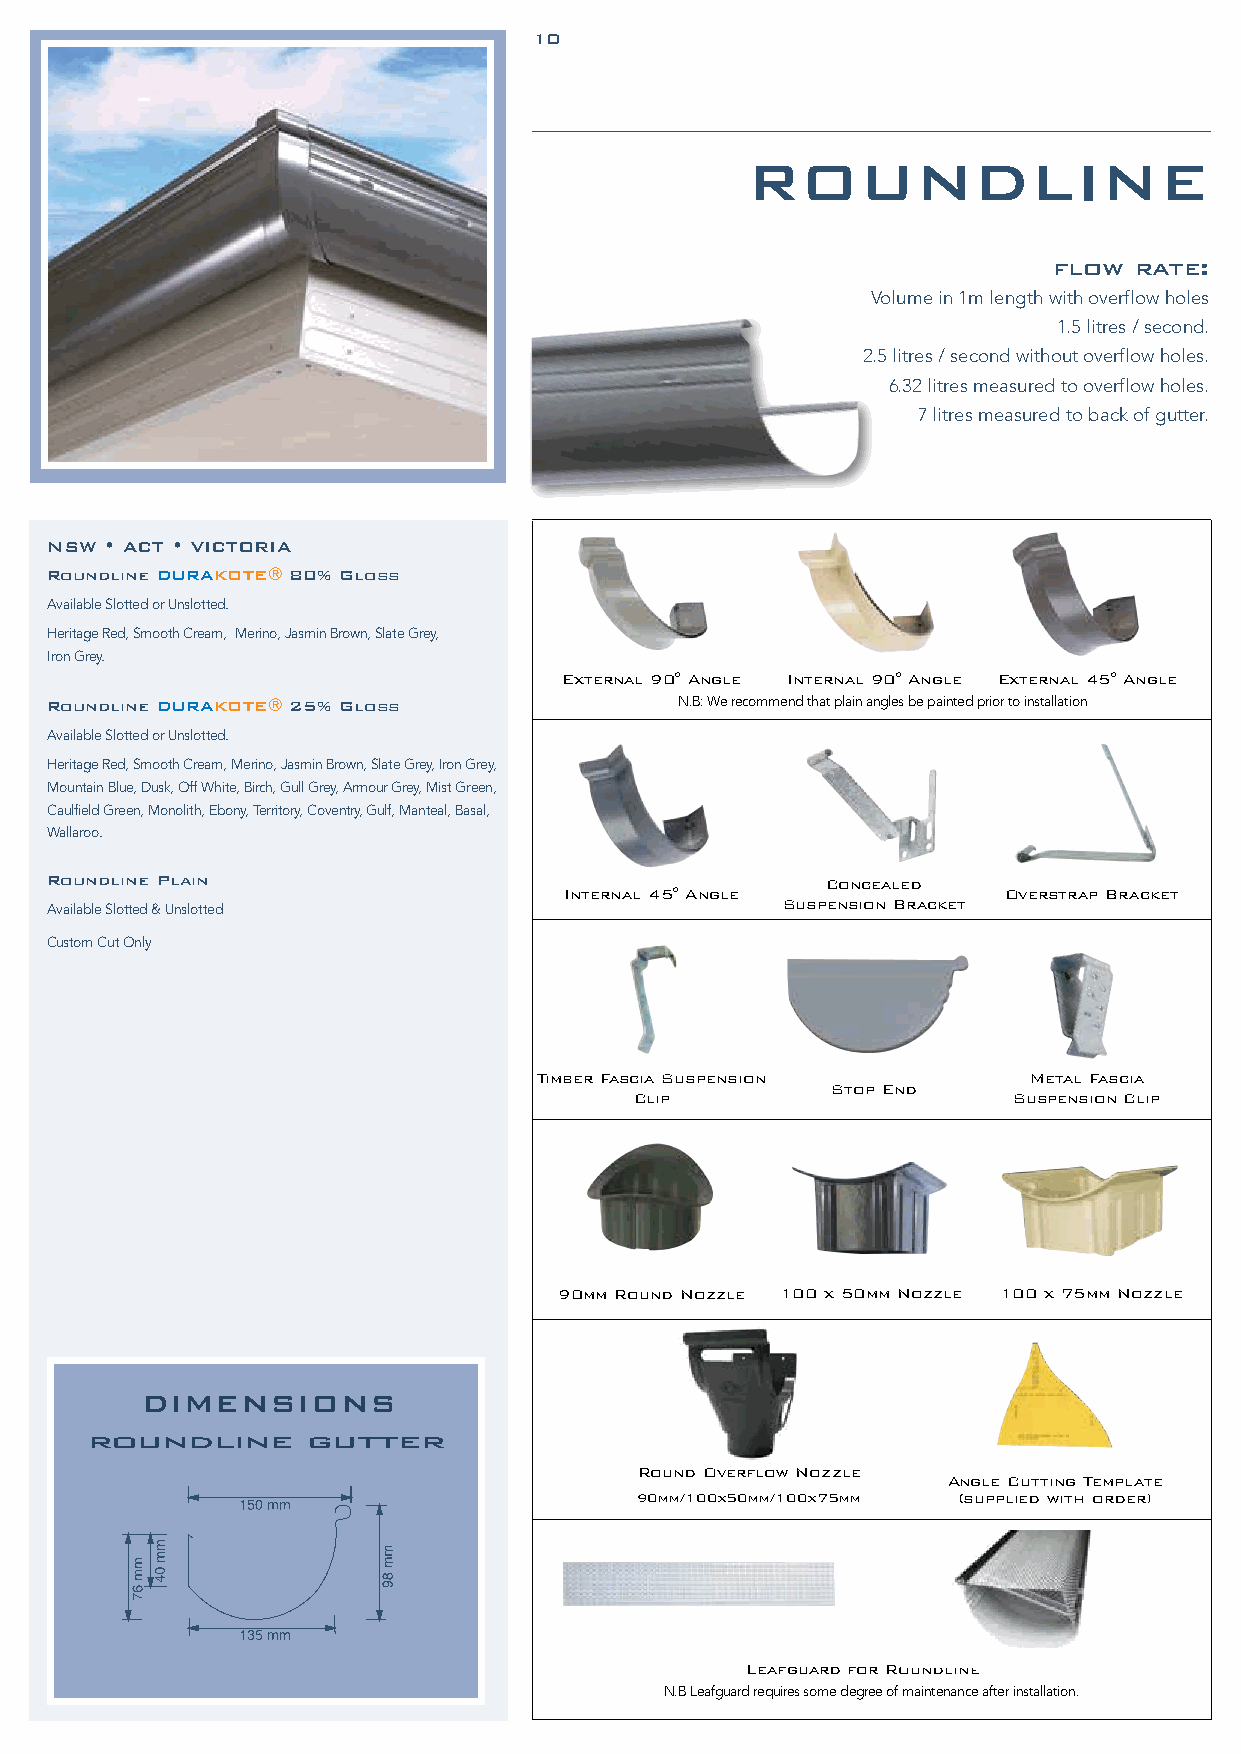
10
 ROUNDLINE
 flow rate:
 Volume in 1m length with overflow holes
 1.5 litres / second.
 2.5 litres / second without overflow holes.
 6.32 litres measured to overflow holes.
 7 litres measured to back of gutter.
 NSW • ACT • VICTORIA
 Roundline DURAKOTE® 80% Gloss
 Available Slotted or Unslotted.
 Heritage Red, Smooth Cream, Merino, Jasmin Brown, Slate Grey,
 Iron Grey.
 External 90° Angle Internal 90° Angle External 45° Angle
 Roundline DURAKOTE® 25% Gloss             N.B: We recommend that plain angles be painted prior to installation
 Available Slotted or Unslotted.
 Heritage Red, Smooth Cream, Merino, Jasmin Brown, Slate Grey, Iron Grey,
 Mountain Blue, Dusk, Off White, Birch, Gull Grey, Armour Grey, Mist Green,
 Caulfield Green, Monolith, Ebony, Territory, Coventry, Gulf, Manteal, Basal,
 Wallaroo.
 Roundline Plain                                     Concealed
 Internal 45° Angle           Overstrap Bracket
 Suspension Bracket
 Available Slotted & Unslotted
 Custom Cut Only
 Timber Fascia Suspension        Metal Fascia
 Stop End
 Clip                     Suspension Clip
 90mm Round Nozzle 100 x 50mm Nozzle 100 x 75mm Nozzle
 DIMENSIONS
 roundline     gutter
 Round Overflow Nozzle
 Angle Cutting Template
 90mm/100x50mm/100x75mm (supplied with order)
 Leafguard for Roundline
 N.B Leafguard requires some degree of maintenance after installation.